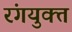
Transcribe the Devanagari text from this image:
रंगयुक्त